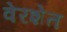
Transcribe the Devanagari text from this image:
वेरशेत